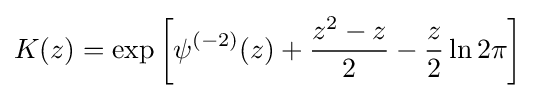
K(z)=\exp \left[\psi ^{(-2)}(z)+{\frac {z^{2}-z}{2}}-{\frac {z}{2}}\ln 2\pi \right]